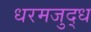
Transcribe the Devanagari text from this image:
धरमजुद्ध